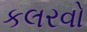
કલરવો